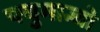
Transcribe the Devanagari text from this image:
फ्युमान्चो